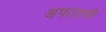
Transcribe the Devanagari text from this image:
अफग़ानी